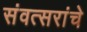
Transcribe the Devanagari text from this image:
संवत्सरांचे